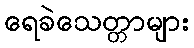
ရေခဲသေတ္တာများ